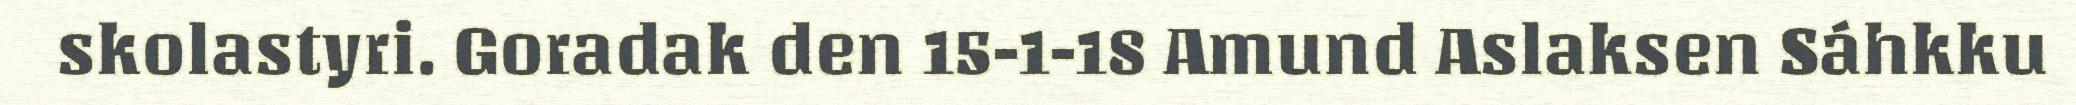
skolastyri. Goradak den 15-1-18 Amund Aslaksen Sáhkku